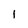
Character: 1